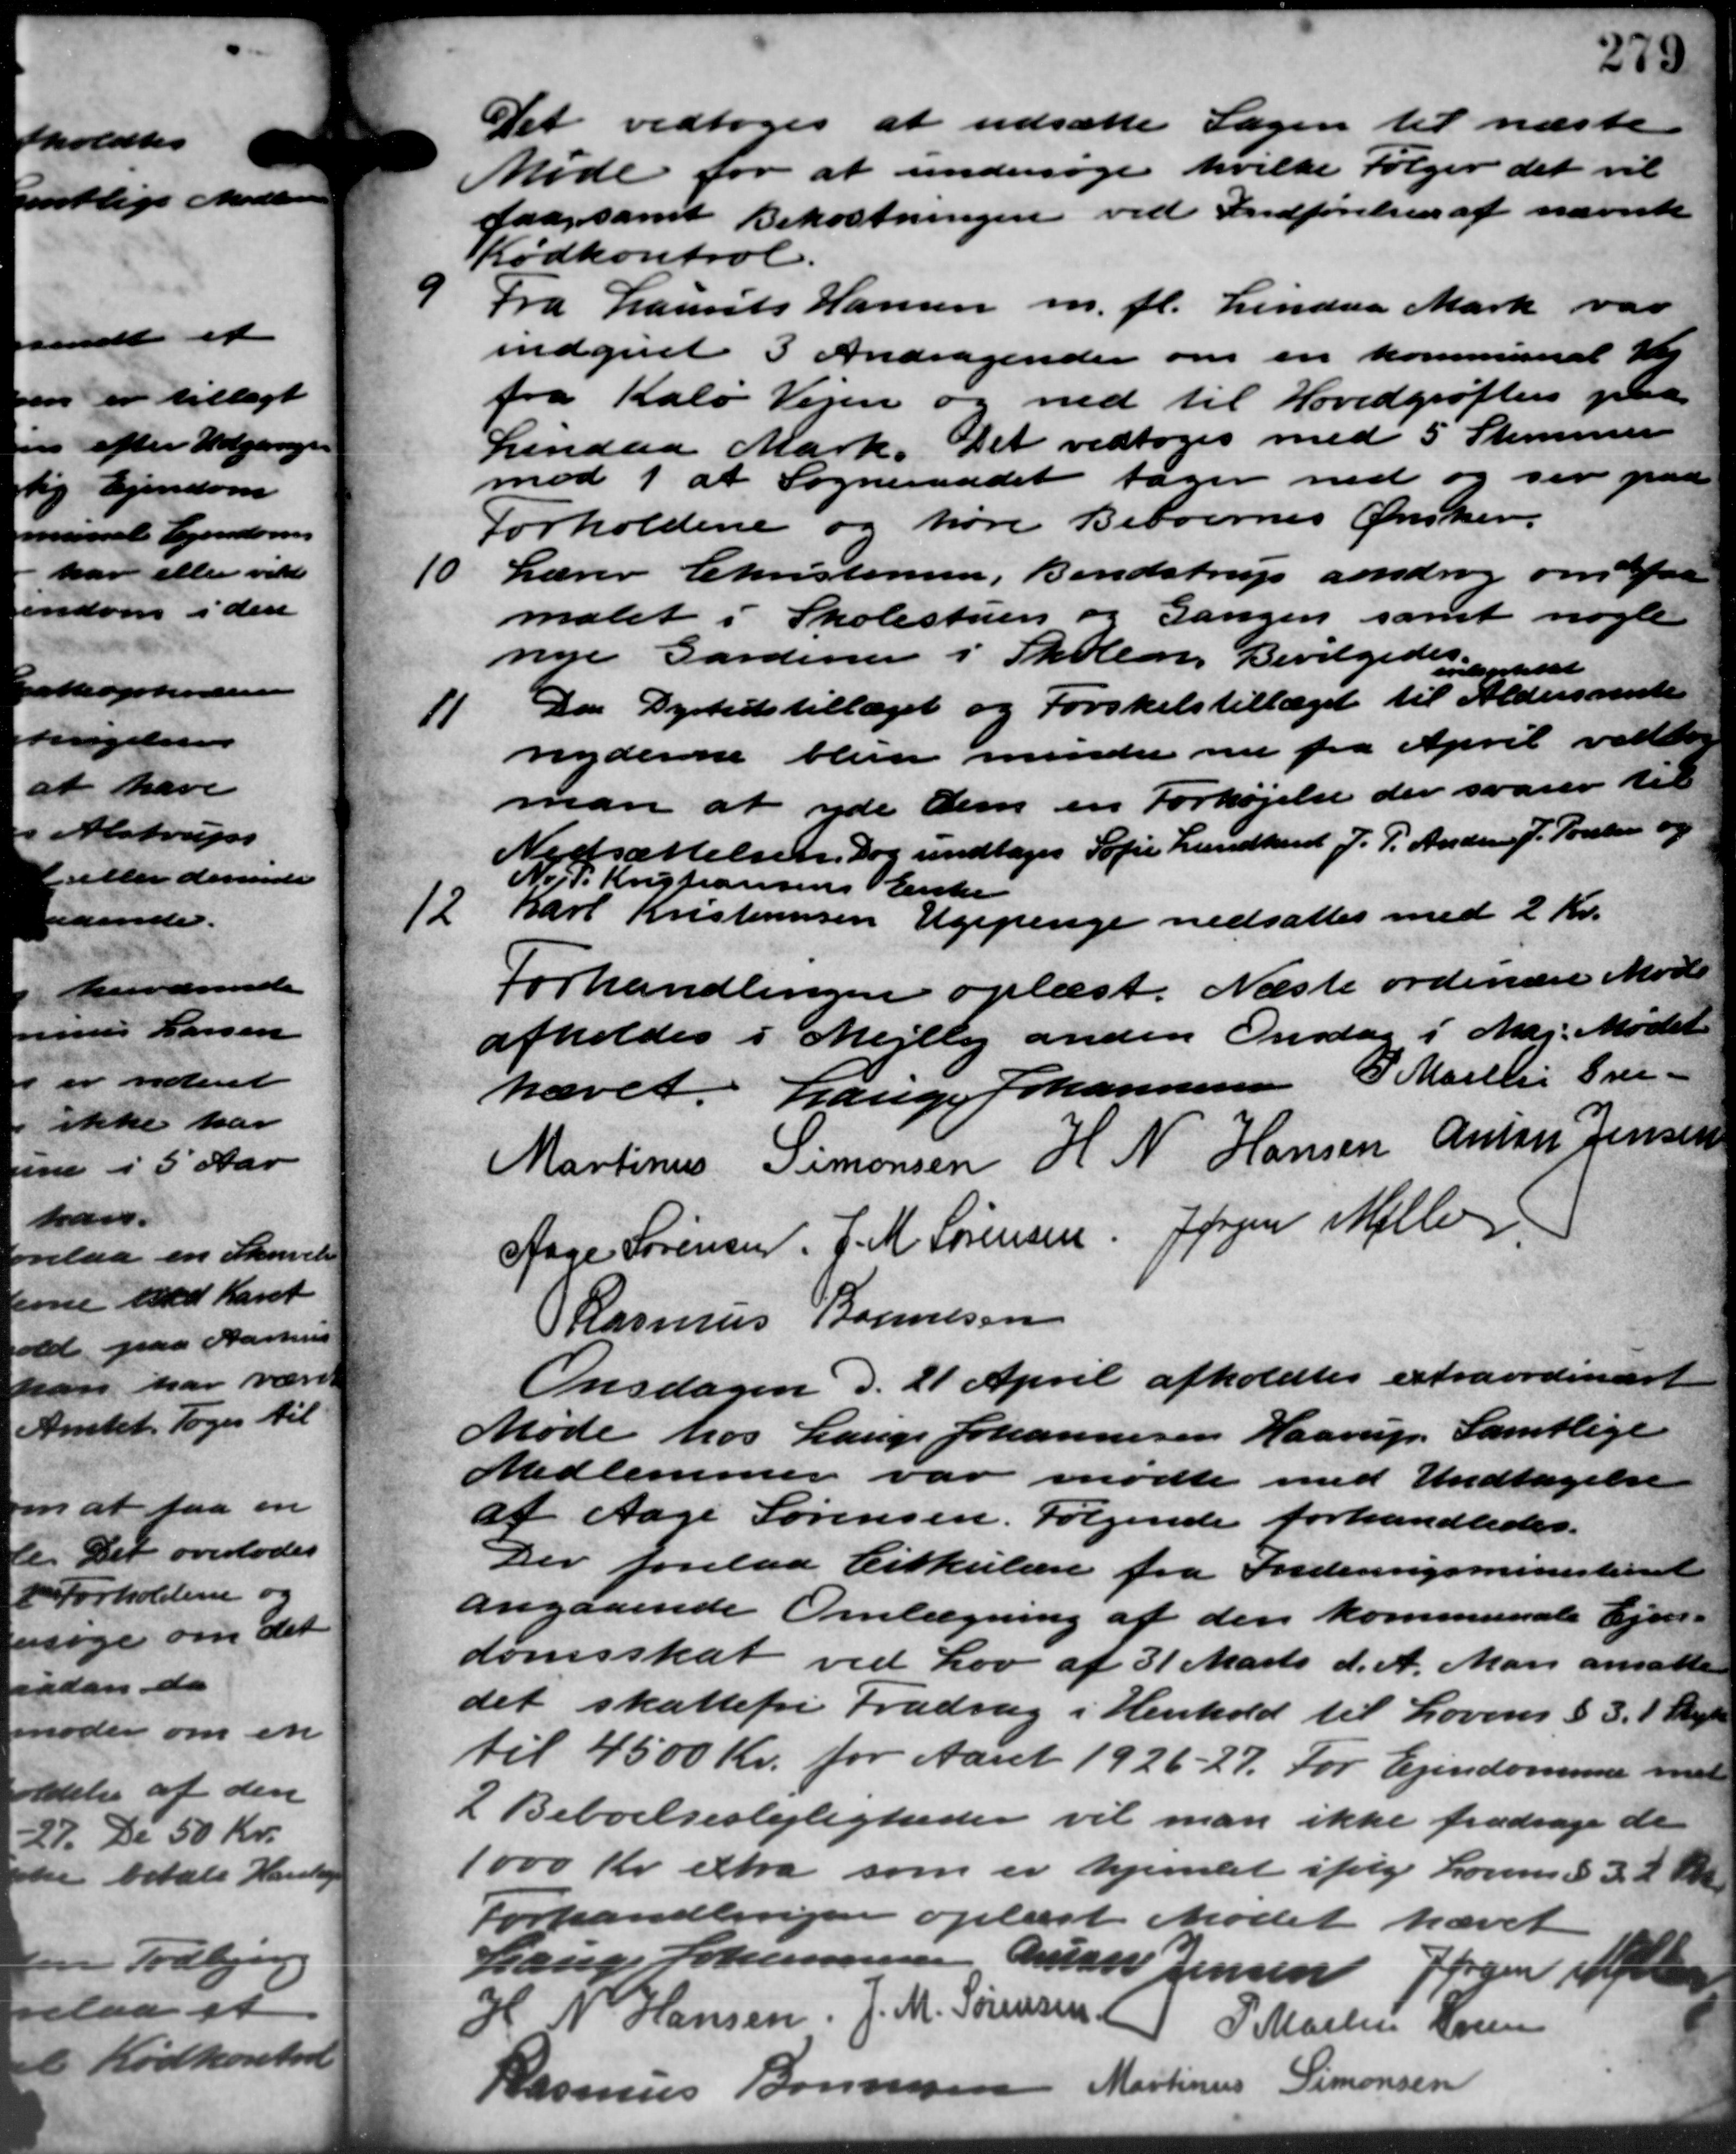
Transskription:
Det vedtoges at udsætte Sagen til næste
Møde for at undersøge hvilke Følger det vil
faa samt Bekostningen ved Indførelsen af nævnte
Kødkontrol.
9
Fra Laurits Hansen m. fl. Lindaa Mark var
indgivet 3 Andragender om en kommunal Vej
fra Kalø Vejen og ned til Hovedgrøften paa
Lindaa Mark. Det vedtoges med 5 Stemmer
mod 1 at Sogneraadet tager ned og ser paa
Forholdene og høre Beboernes Ønsker.
10
Lærer Christensen, Bendstrup androg om aa
malet i Skolestuen og Gangen samt nogle
nye Gardener i Skolen. Bevilgedes opholt
11
Dan Dyrtidstillæget og Forskelstillæget til Aldersrente
nyderne bliver mindre nu fra April vedto
man at yde dem en Forhøjelse der svarer til
Nedsættelsen, dog undtages Sofie Lundhardt J. P. Anderse J. Poulsen og
N. P. Kristiansens Enke
12
Karl Kristensen Ugepenge nedsattes med 2 Kr.
Forhandlingen oplæst. Næste ordinære Møde
afholdes i Mejlby anden Onsdag i Maj. Mødet
hævet. Lauge Johannesen P. Martin Gre-
Martinus Simonsen H N Hansen Anton Jensen
Aage Sørensen. J. M. Sørensen Jørgen Møller
Rasmus Bonnesen
Onsdagen d. 21 April afholdtes extraordinært
Møde hos Lauge Johannesen Haarup. Samtlige
Medlemmer var mødte med Undtagelse
af Aage Sørensen. Følgende forhandledes.
Der forelaa Cirkulære fra Indenrigsministeriet
angaaende Omlægning af den kommunale Ejen-
domsskat ved Lov af 31 Marts d. A. Man ansatte
det skattefri Fradrag i Henhold til Lovens § 3. 1 Maj
til 4500 Kr. for Aaret 1926 - 27. For Ejendommen med
2 Beboelseslejligheder vil man ikke fradrage de
1000 Kr. extra som er hjemlet ifølge Lovens § 32 Kr.
Forhandlingen oplæst. Mødet hævet
Lauge Johannesen Auner Jensen Jørgen Hel
4 N Hansen, J. M. Sørensen) P. Martin Loren
Rasmus Bonnesen Martinus Simonsen